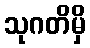
သုဂတိမှိ